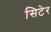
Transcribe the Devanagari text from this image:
सिटेर